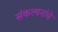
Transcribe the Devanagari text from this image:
संंकल्पनांंचे